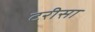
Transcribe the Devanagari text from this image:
टरीसा